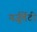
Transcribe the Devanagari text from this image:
यर्जुर्वेेदी